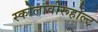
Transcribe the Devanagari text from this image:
स्कोलावोरूहोल्ट